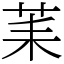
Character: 䒹